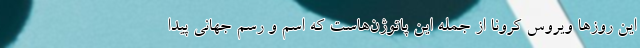
این روزها ویروس کرونا از جمله این پاتوژن‌هاست که اسم و رسم جهانی پیدا